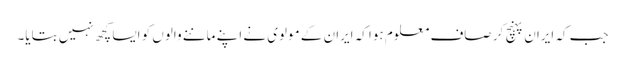
جب کہ ایران پہنچ کر صاف معلوم ہوا کہ ایران کے مولوی نے اپنے ماننے والوں کو ایسا کچھ نہیں بتایا۔